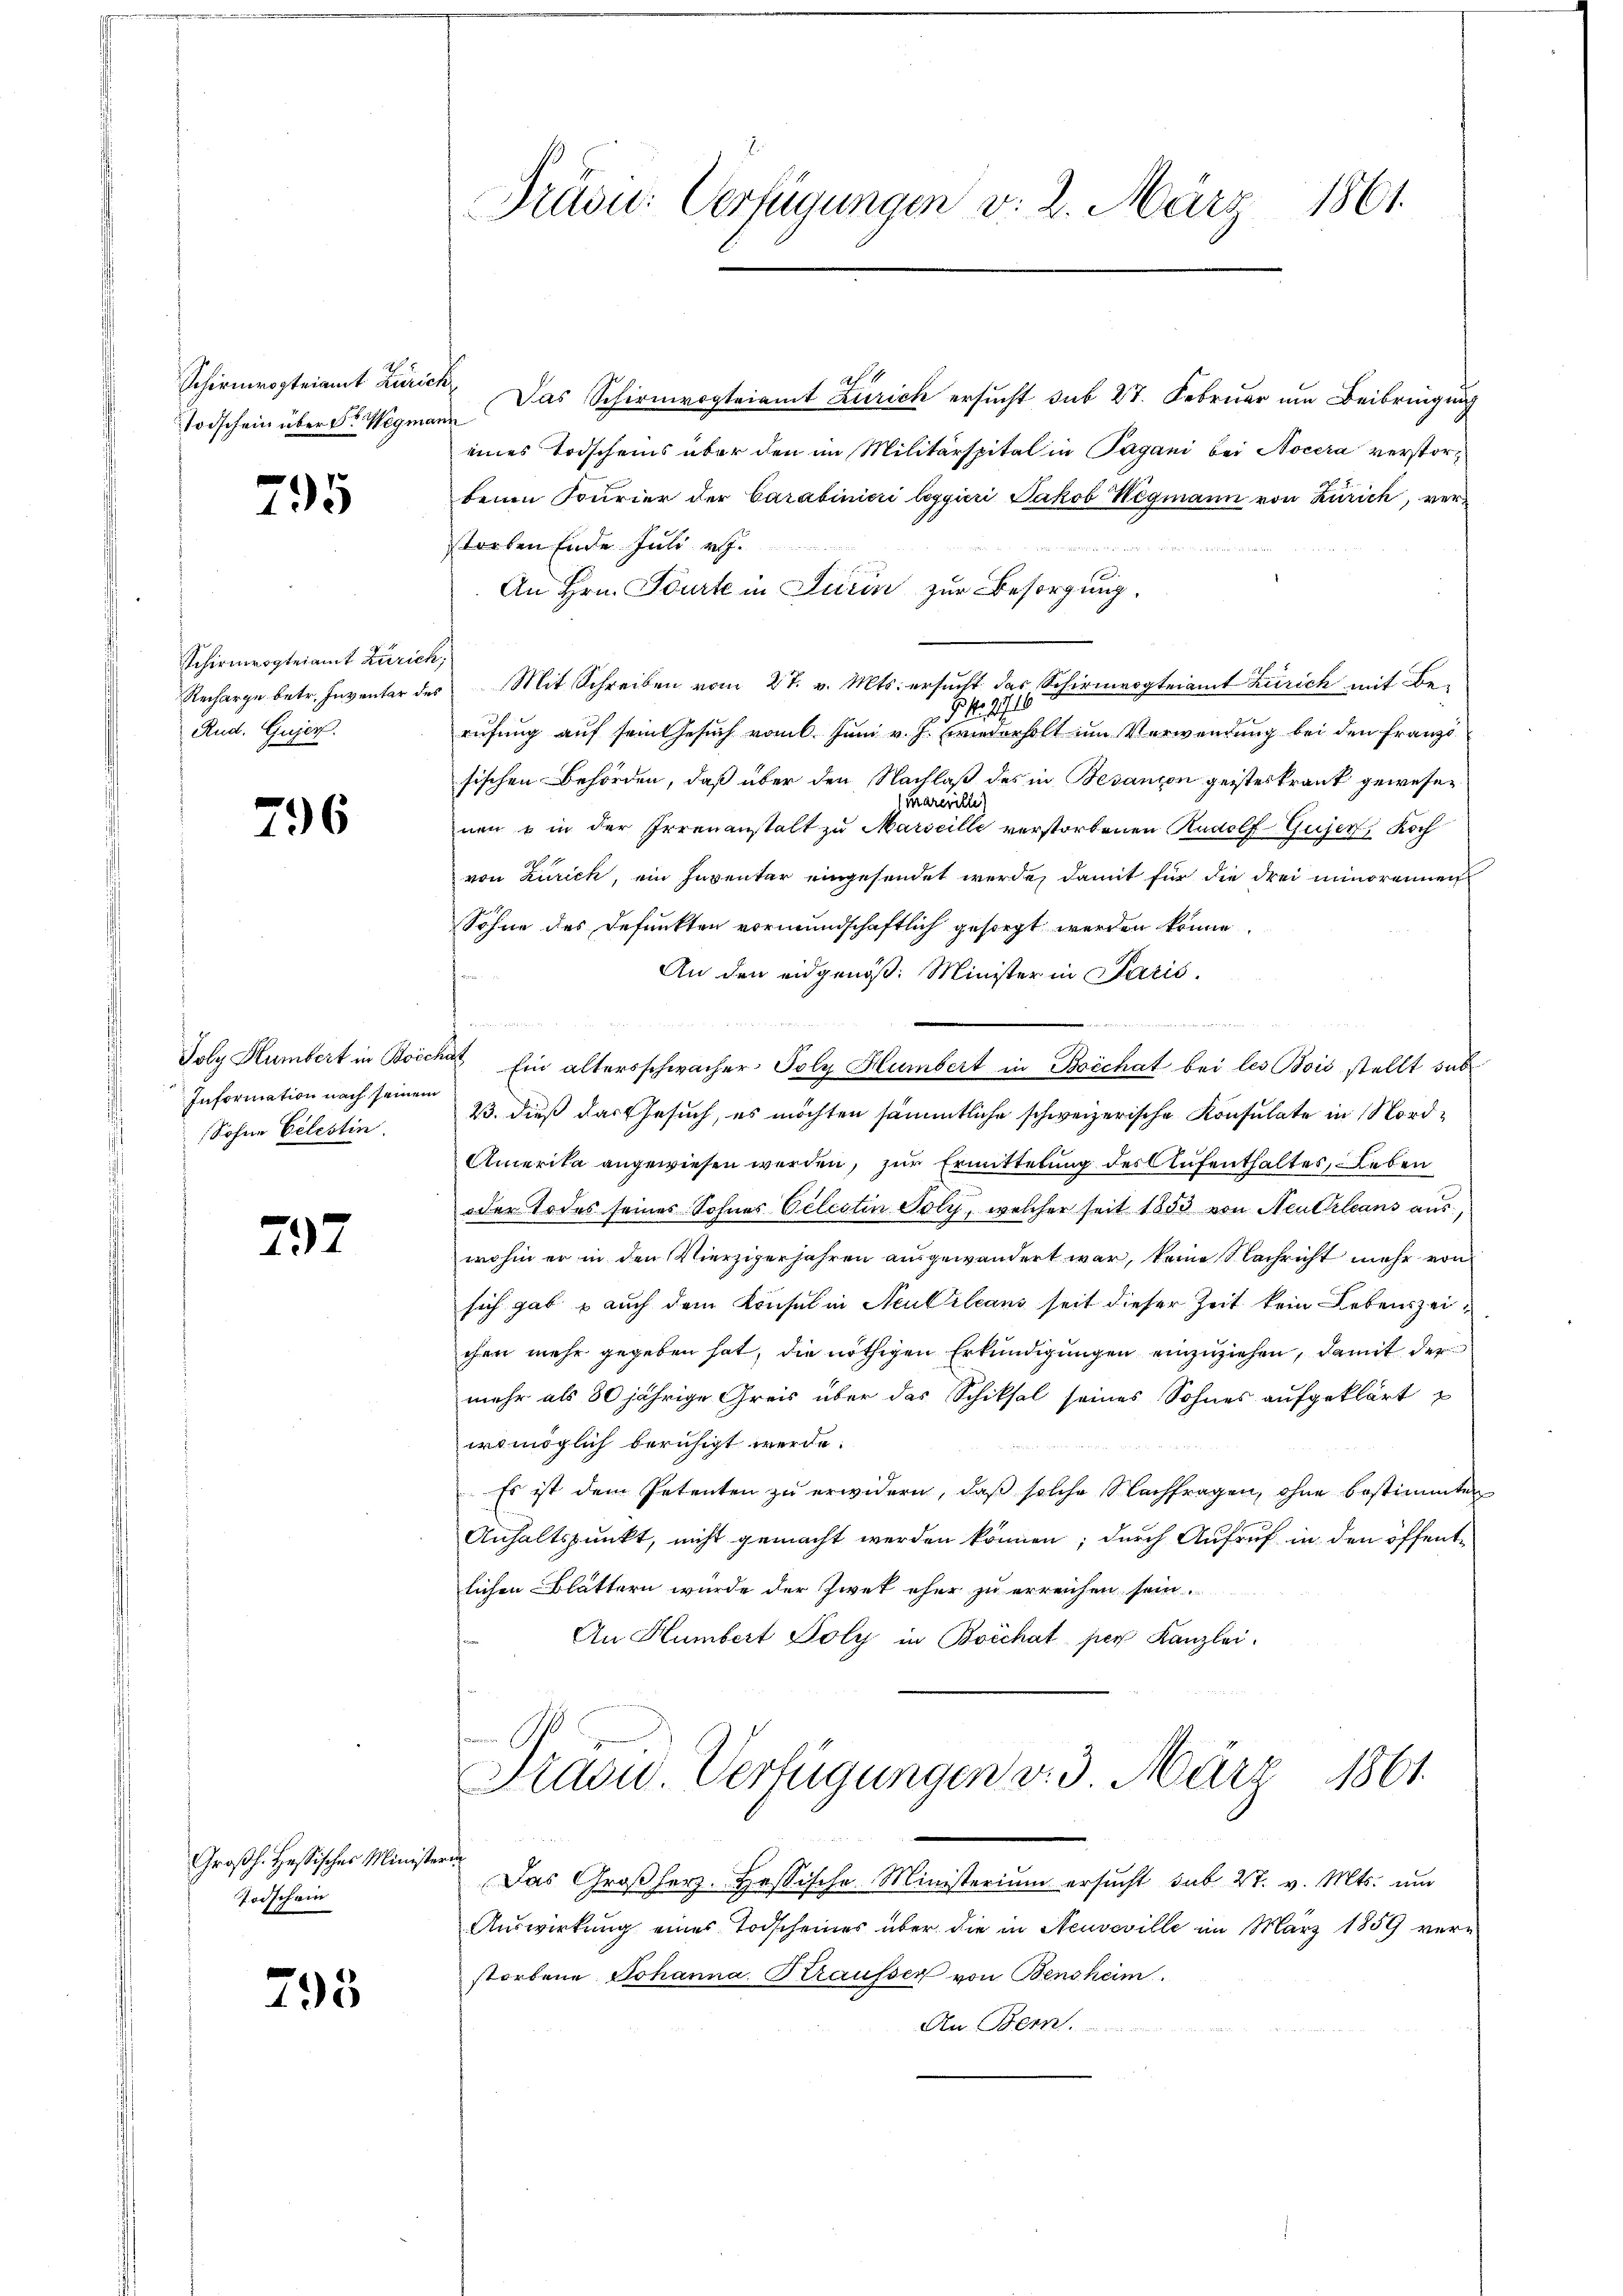
Todschein über den Wegmann

295

Schirmvogteiamt Zürich;
Rud. Gujer

796

Information nach seinem
Sohne Celestin

297

Großh. Hessisches Ministeri
Todschein

795

Präsic: Verfügungen v. 2. März 1861.

a. 4
Schirmvogteiamt Zürich. Das Schirmvogteiamt Zürich ersucht sub 27. Februar um Beibringung
eines Todscheins über den im Militärspital in Pagani bei Nocera verstoribeim Fourier der Carabinicri leggiori Jakob Wegmann von Zürich, verstorben Ende Juli v

An Hrn. Tourte in Turin zur Besorgung.
Recharge betr. Inventar des Mit Schreiben vom 27. v. Mts. ersucht das Schirmvogteiamt Zürich mit Be-

rufung auf sein Gesuch vom l. Juni v. J. wiederholt im Verwendung bei den Französischen Behörden, daß über den Nachlaß des in Besançon geisteskrank gewesen
Karevikte)
nen o in der Irrenanstalt zu Marseille verstorbenen Rudolf Gujer, Koch
von Zürich, ein Inventar eingesendet werde, damit für die drei minorennen
Sohne des Defunkten vormundschaftlich gesorgt werden könne.
An den eidgenöß: Minister in Paris.
n

Joly Humbert in Borche Ein altersschwacher Poly Humbert in Boechat bei les Bois stellt sub
2. dieß das Gesuch, es möchten sämmtliche schweizerische Konsulate in Nord¬
Amerika angewiesen werden, zur Ermittelung des Aufenthaltes, Leben
oden Todes seines Sohnes Vilisten Poly, welcher seit 1853 von Neuthleans aus,
wohin er in den Vierzigerjahren ausgewandert war, keine Nachricht mehr von
sich gab – auch dem Konsul in Neubeleans seit dieser Zeit kein Lebenszeichen mehr gegeben hat, die nöthigen Erkundigungen einzuziehen, damit der
mehr als 30 jährige Greis über das Schiksal seines Sohnes aufgeklärt
iromöglich beruhigt werde.
Es ist dem Petenten zu erwidern, daß solche Nachfragen, ohne bestimmten
Anhaltspunkt, nicht gemacht werden können; durch Aufruf in den öffentlichen Blättern wurde der Zwek eher zu erreichen sein
An Humbert Poly in Boechat per Kanzlei.

Pradu Verfügungen v. 3. März 1861.

Das Großherz. Hessische Ministerium ersucht sub 27. v. Mts. und
Auswirkung eines Todscheines über die in Neuveville im März 1859 verstorbene Johanna Krausser von Bensheim.
An. Bern